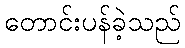
တောင်းပန်ခဲ့သည်